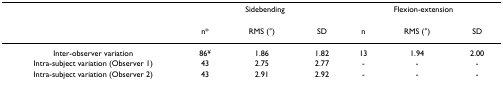
<table><thead><tr><td></td><td colspan="3"><b>Sidebending</b></td><td colspan="3"><b>Flexion-extension</b></td></tr></thead><tbody><tr><td></td><td>n*</td><td>RMS (°)</td><td>SD</td><td>n</td><td>RMS (°)</td><td>SD</td></tr><tr><td>Inter-observer variation</td><td>86<sup>¥</sup></td><td>1.86</td><td>1.82</td><td>13</td><td>1.94</td><td>2.00</td></tr><tr><td>Intra-subject variation (Observer 1)</td><td>43</td><td>2.75</td><td>2.77</td><td>-</td><td>-</td><td>-</td></tr><tr><td>Intra-subject variation (Observer 2)</td><td>43</td><td>2.91</td><td>2.92</td><td>-</td><td>-</td><td>-</td></tr></tbody></table>